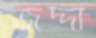
জর্দ্দা